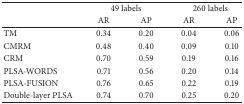
<table><thead><tr><td><b> </b></td><td colspan="2"><b> 49 labels </b></td><td colspan="2"><b> 260 labels </b></td></tr><tr><td><b> </b></td><td><b> AR </b></td><td><b> AP </b></td><td><b> AR </b></td><td><b> AP</b></td></tr></thead><tbody><tr><td> TM </td><td> 0.34 </td><td> 0.20 </td><td> 0.04 </td><td> 0.06 </td></tr><tr><td> CMRM </td><td> 0.48 </td><td> 0.40 </td><td> 0.09 </td><td> 0.10 </td></tr><tr><td> CRM </td><td> 0.70 </td><td> 0.59 </td><td> 0.19 </td><td> 0.16 </td></tr><tr><td>PLSA-WORDS </td><td> 0.71 </td><td> 0.56 </td><td> 0.20 </td><td> 0.14 </td></tr><tr><td>PLSA-FUSION </td><td> 0.76 </td><td> 0.65 </td><td> 0.22 </td><td> 0.19 </td></tr><tr><td>Double-layer PLSA </td><td> 0.74 </td><td> 0.70 </td><td> 0.25 </td><td> 0.20 </td></tr></tbody></table>